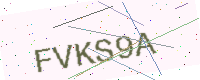
Text: FVKS9A